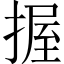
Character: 握